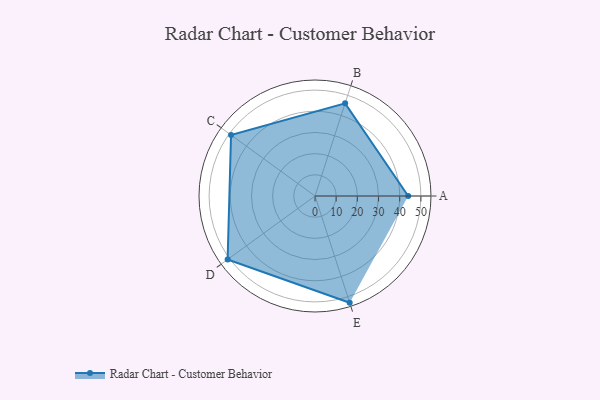
{"axis": {"x": "Skill", "y": "Score"}, "legend": ["Profile"], "data": [{"x": "A", "y": 44.0, "type": "Profile"}, {"x": "B", "y": 46.0, "type": "Profile"}, {"x": "C", "y": 49.0, "type": "Profile"}, {"x": "D", "y": 51.0, "type": "Profile"}, {"x": "E", "y": 53.0, "type": "Profile"}]}